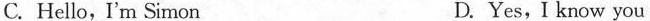
C. Hello, I'm Simon D.Yes,I know you